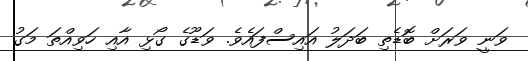
ވަނީ ވަރަށް ބޮޑެތި ބަދަލު އައިސްފައެވެ. ވަޑޫގެ ގޯޅި އާއި ހަވިއްތަ މަގު